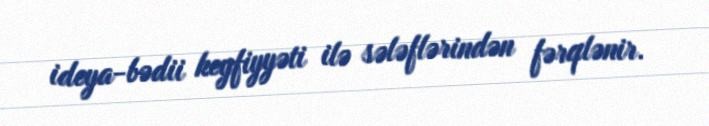
ideya-bədii keyfiyyəti ilə sələflərindən fərqlənir.